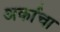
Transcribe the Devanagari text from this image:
अर्काचा